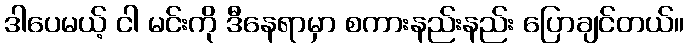
ဒါပေမယ့် ငါ မင်းကို ဒီနေရာမှာ စကားနည်းနည်း ပြောချင်တယ်။